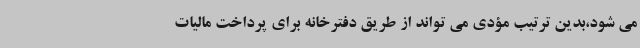
می شود،بدین ترتیب مؤدی می تواند از طریق دفترخانه برای پرداخت مالیات